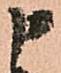
申